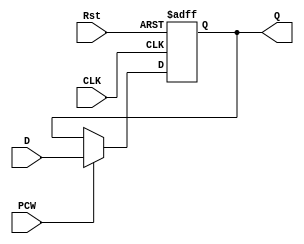
module PC #(parameter WIDTH=32)(
    input CLK,Rst,PCW,
    input [WIDTH-1:0] D,
    output reg[WIDTH-1:0] Q
    );
    initial begin 
        Q=0;
    end
    always @(posedge CLK,posedge Rst)
    if(Rst) begin
        Q<=0;
    end
    else 
    if(PCW) Q<=D;
endmodule